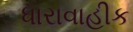
ધારાવાહીક